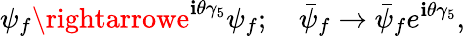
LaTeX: \psi_{f}\rightarrowe^{\mathbf{i}\theta\gamma_{5}}\psi_{f};\ \ \ \ \bar{{\psi}}_{f}\rightarrow\bar{{\psi}}_{f}e^{\mathbf{i}\theta\gamma_{5}},